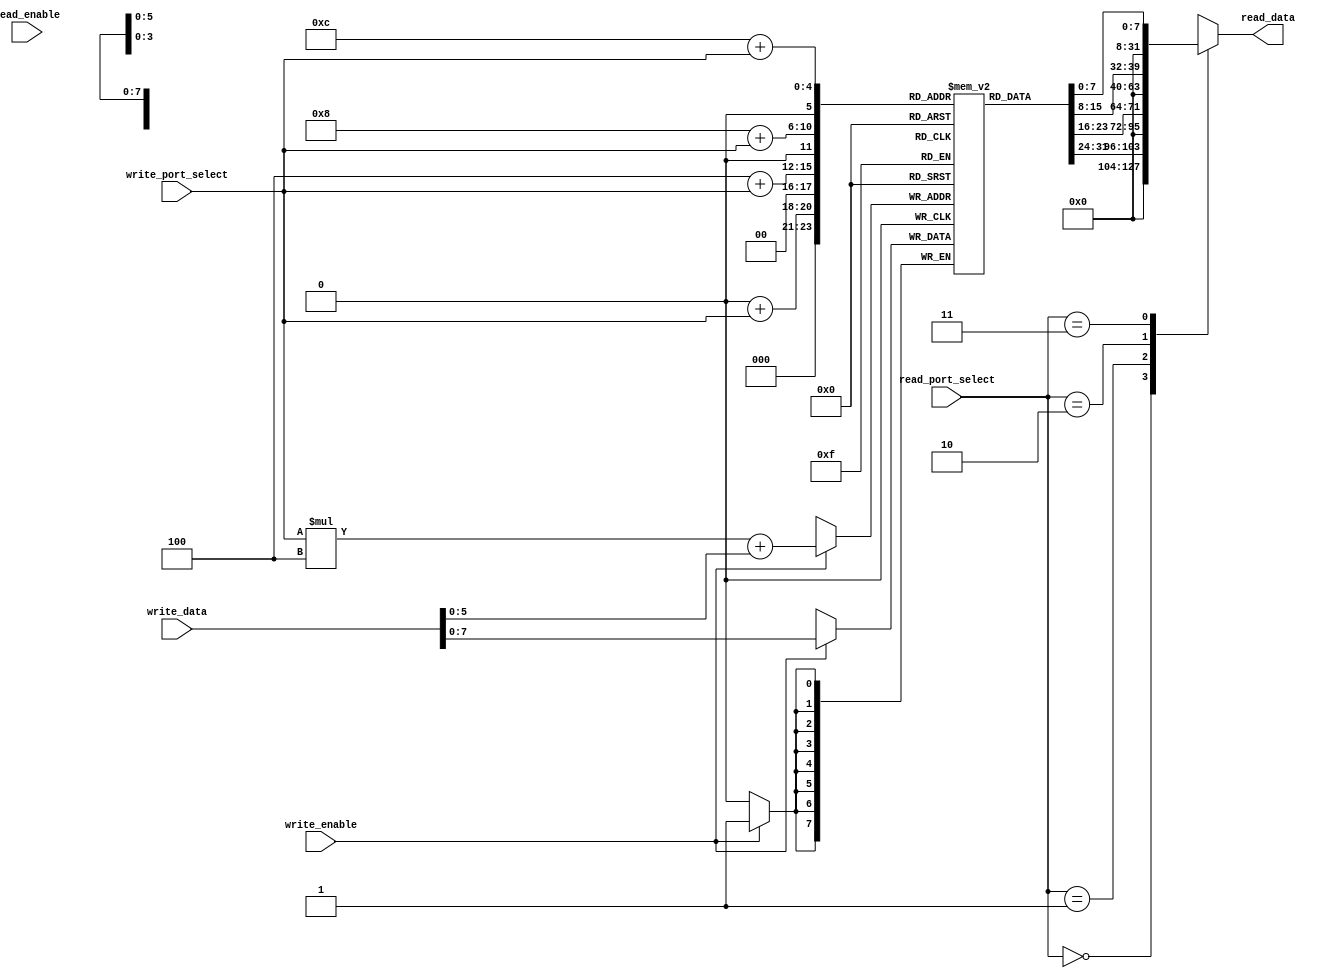
module quad_port_register_file 
  #(parameter DATA_WIDTH = 8,
    parameter NUM_ROWS = 16,
    parameter NUM_COLS = 4)
  (
    input wire [1:0] read_port_select,
    input wire [1:0] write_port_select,
    input wire [NUM_ROWS-1:0] write_data,
    input wire write_enable,
    input wire read_enable,
    output wire [NUM_COLS*DATA_WIDTH-1:0] read_data
  );

  reg [DATA_WIDTH-1:0] registers [0:NUM_ROWS-1][0:NUM_COLS-1];

  always @ (posedge clk) begin
    if (write_enable) begin
      registers[write_port_select][write_data] <= write_data;
    end
  end

  always @(*) begin
    case (read_port_select)
      2'b00: read_data = registers[0][write_port_select];
      2'b01: read_data = registers[1][write_port_select];
      2'b10: read_data = registers[2][write_port_select];
      2'b11: read_data = registers[3][write_port_select];
    endcase
  end

endmodule